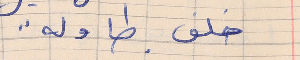
خلف طاوله  . .